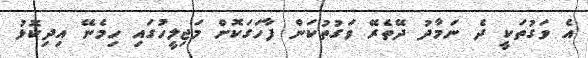
އެ ވަގުތަކީ ދެ ނަމާދު ދޭތެރޭ ވަގުތުކަން ފާހަގަކޮށް މަޖިލީހުގައި ހިމެނޭ އިދިކޮޅު